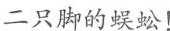
二只脚的蜈蚣！